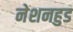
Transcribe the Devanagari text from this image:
नेशनहुड